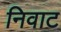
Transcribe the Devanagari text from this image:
निवाट